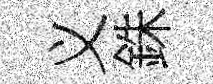
义銖